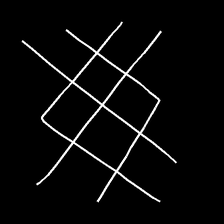
Glyph: crystal